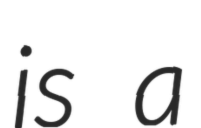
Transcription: is a